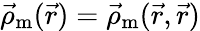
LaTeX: \vec{\rho}_{\textrm{m}}(\vec{r})=\vec{\rho}_{\textrm{m}}(\vec{r},\vec{r})